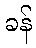
ခန်